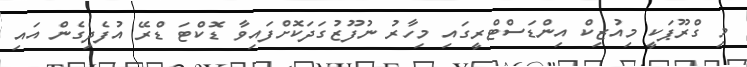
މި ގްރޫޕަކީ މިއުޒިކް އިންޑަސްޓްރީގައި މިހާރު ނުފޫޒުގަދަކޮށްފައިވާ ޑޮކްޓަ ޑްރޭ އުފެދިގެން އައި